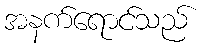
အနက်ရောင်သည်